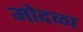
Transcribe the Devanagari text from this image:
मोदळा